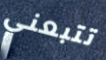
تتبعني